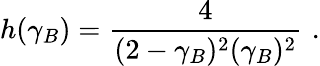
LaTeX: h(\gamma_{B})={\frac{4}{(2-\gamma_{B})^{2}(\gamma_{B})^{2}}}\, \, .